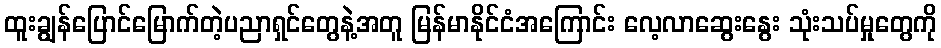
ထူးချွန်ပြောင်မြောက်တဲ့ပညာရှင်တွေနဲ့အတူ မြန်မာနိုင်ငံအကြောင်း လေ့လာဆွေးနွေး သုံးသပ်မှုတွေကို